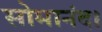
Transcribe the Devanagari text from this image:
सोमानंद।